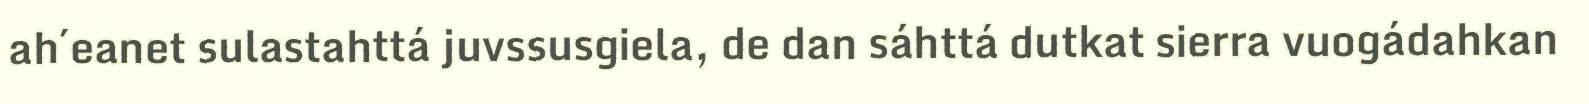
ah´eanet sulastahttá juvssusgiela, de dan sáhttá dutkat sierra vuogádahkan